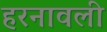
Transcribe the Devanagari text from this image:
हरनावली